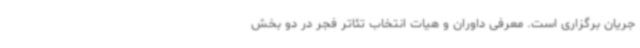
جریان برگزاری است. معرفی داوران و هیات انتخاب تئاتر فجر در دو بخش